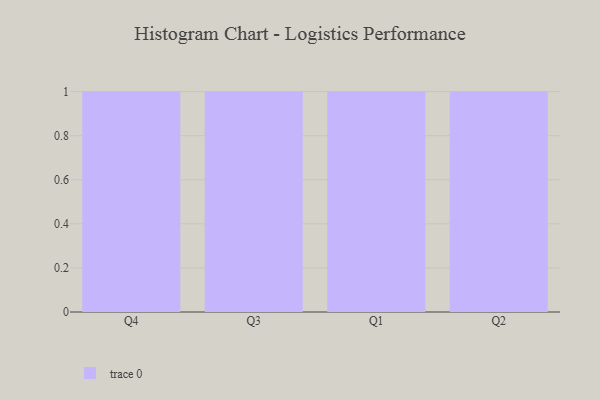
{"axis": {"x": "Quarter", "y": "Revenue (USD Million)"}, "legend": [""], "data": [{"x": "Q4", "y": 70, "type": ""}, {"x": "Q3", "y": 52, "type": ""}, {"x": "Q1", "y": 37, "type": ""}, {"x": "Q2", "y": 12, "type": ""}]}